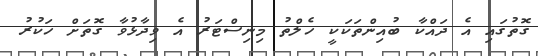
ގޮތުގައި އެ ދައްކާ ބުއިންތަކަކީ ހެލްތު މިނިސްޓަރު އެ ވިދާޅުވާ ގޮތަށް ހަކުރު